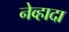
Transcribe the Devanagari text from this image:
नेव्हादा